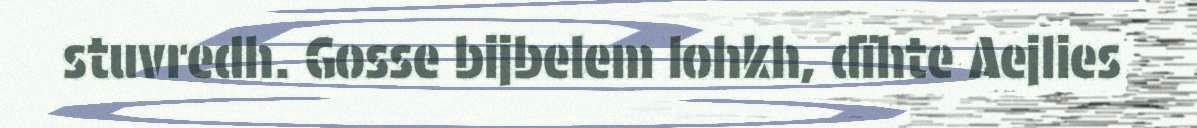
stuvredh. Gosse bijbelem lohkh, dïhte Aejlies